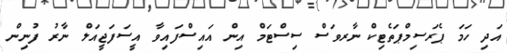
އަދި ހަމަ ޕެރަސިމްޕަތެޓިކް ނާރވަސް ސިސްޓަމް އިން އައިސްފައިވާ އީސަފަޖީއަލް ނާރު ފުނިން